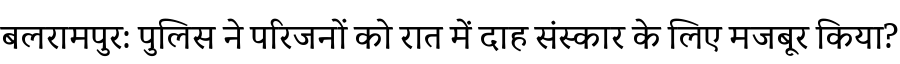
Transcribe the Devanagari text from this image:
बलरामपुर: पुलिस ने परिजनों को रात में दाह संस्कार के लिए मजबूर किया?